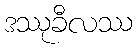
ဒဿုခီလဿ